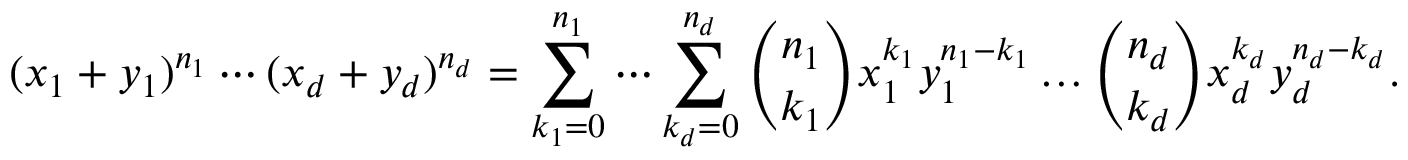
( x _ { 1 } + y _ { 1 } ) ^ { n _ { 1 } } \dotsm ( x _ { d } + y _ { d } ) ^ { n _ { d } } = \sum _ { k _ { 1 } = 0 } ^ { n _ { 1 } } \dotsm \sum _ { k _ { d } = 0 } ^ { n _ { d } } { \binom { n _ { 1 } } { k _ { 1 } } } x _ { 1 } ^ { k _ { 1 } } y _ { 1 } ^ { n _ { 1 } - k _ { 1 } } \dotsc { \binom { n _ { d } } { k _ { d } } } x _ { d } ^ { k _ { d } } y _ { d } ^ { n _ { d } - k _ { d } } .